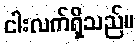
ငါးလက်ရှိသည်။